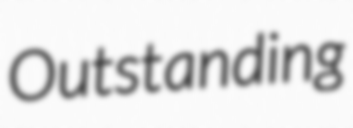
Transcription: Outstanding